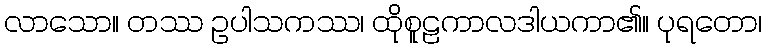
လာသော။ တဿ ဥပါသကဿ၊ ထိုစူဠကာလဒါယကာ၏။ ပုရတော၊